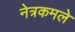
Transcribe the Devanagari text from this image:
नेत्रकमले